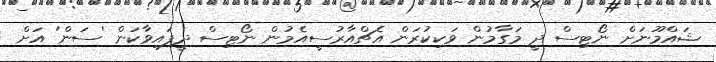
ޝައްމޫނަށް ނޯޓިސް ދީ މަގާމުން ވަކިކުރަން އެޗްއާރުސީއެމުން ނޯޓިސް ދީފައިވާކަން 'ސަން' އަށް